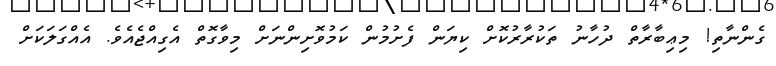
ގެންނާތި! މިޢިބާރާތް ދުހާނު ތަކުރާރުކޮށް ކިޔަން ފެށުމުން ކަމުވޮށިންނަށް މިވާގޮތް އެގިއްޖެއެވެ. އެއްގަލަކަށް